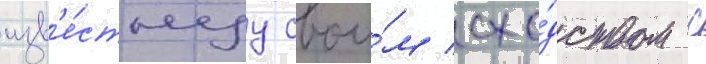
изв'е́стнуу свои́м схо́дством с